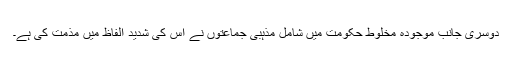
دوسری جانب موجودہ مخلوط حکومت میں شامل مذہبی جماعتوں نے اس کی شدید الفاظ میں مذمت کی ہے۔